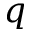
q